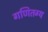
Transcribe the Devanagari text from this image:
गणितग्य